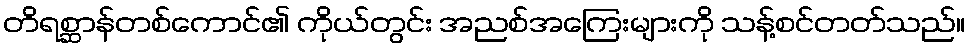
တိရစ္ဆာန်တစ်ကောင်၏ ကိုယ်တွင်း အညစ်အကြေးများကို သန့်စင်တတ်သည်။